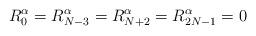
LaTeX: \begin{align*}R_0^\alpha = R_{N-3}^\alpha = R_{N+2}^\alpha = R_{2N-1}^\alpha = 0\end{align*}